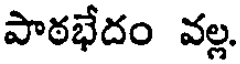
పాఠభేదం వల్ల.